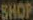
SHOP